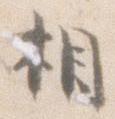
相